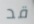
قد